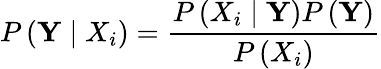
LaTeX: P\left(\mathbf{Y}\mid X_{i}\right)=\frac{P\left(X_{i}\mid\mathbf{Y}\right)P\left(\mathbf{Y}\right)}{P\left(X_{i}\right)}